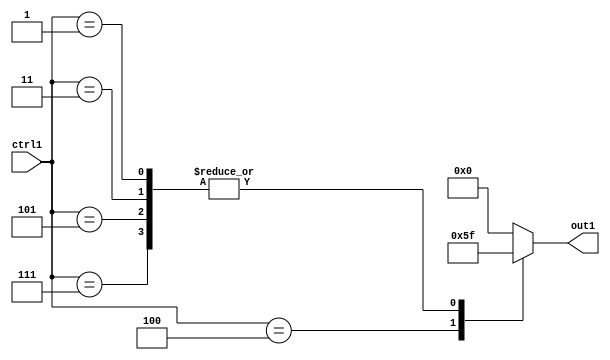
`timescale 1ps / 1ps
/*****************************************************************************
    Verilog RTL Description
    
    
    Created by: Stratus DpOpt 21.05.01 
*******************************************************************************/

module SobelFilter_N_Mux_4_6_111_4 (
	ctrl1,
	out1
	); /* architecture "behavioural" */ 
input [3:0] ctrl1;
output [3:0] out1;
wire [3:0] asc001;

reg [3:0] asc001_tmp_0;
assign asc001 = asc001_tmp_0;
always @ (ctrl1) begin
	case (ctrl1)
		4'B0111 : asc001_tmp_0 = 4'B1111 ;
		4'B0101 : asc001_tmp_0 = 4'B1111 ;
		4'B0100 : asc001_tmp_0 = 4'B0101 ;
		4'B0011 : asc001_tmp_0 = 4'B1111 ;
		4'B0001 : asc001_tmp_0 = 4'B1111 ;
		default : asc001_tmp_0 = 4'B0000 ;
	endcase
end

assign out1 = asc001;
endmodule

/* CADENCE  v7jzTwo= : u9/ySxbfrwZIxEzHVQQV8Q== ** DO NOT EDIT THIS LINE ******/